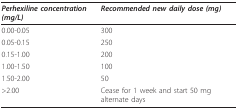
<table><thead><tr><td><b><i>Perhexiline concentration (mg/L)</i></b></td><td><b><i>Recommended new daily dose (mg)</i></b></td></tr></thead><tbody><tr><td>0.00-0.05</td><td>300</td></tr><tr><td>0.05-0.15</td><td>250</td></tr><tr><td>0.15-1.00</td><td>200</td></tr><tr><td>1.00-1.50</td><td>100</td></tr><tr><td>1.50-2.00</td><td>50</td></tr><tr><td>&gt;2.00</td><td>Cease for 1 week and start 50 mg alternate days</td></tr></tbody></table>